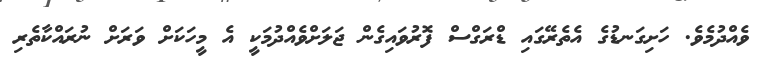
ވެއްދުމެވެ. ހަށިގަނޑުގެ އެތެރޭގައި ޑްރަގްސް ފޮރުވައިގެން ޖަލަށްވެއްދުމަކީ އެ މީހަކަށް ވަރަށް ނުރައްކާތެރި